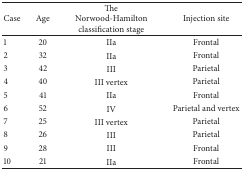
| Case | Age | The Norwood-Hamilton classification stage | Injection site |
 | --- | --- | --- | --- |
 | 1 | 20 | IIa | Frontal |
 | 2 | 32 | IIa | Frontal |
 | 3 | 42 | III | Parietal |
 | 4 | 40 | III vertex | Parietal |
 | 5 | 41 | IIa | Frontal |
 | 6 | 52 | IV | Parietal and vertex |
 | 7 | 25 | III vertex | Parietal |
 | 8 | 26 | III | Parietal |
 | 9 | 28 | III | Frontal |
 | 10 | 21 | IIa | Frontal |